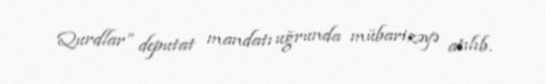
Qurdlar” deputat mandatı uğrunda mübarizəyə atılıb.